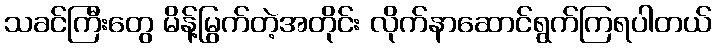
သခင်ကြီးတွေ မိန့်မြွက်တဲ့အတိုင်း လိုက်နာဆောင်ရွက်ကြရပါတယ်